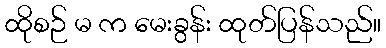
ထိုစဉ် မ က မေးခွန်း ထုတ်ပြန်သည်။